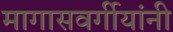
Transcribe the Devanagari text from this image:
मागासवर्गीयांनी